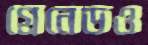
গ্রেনেডও